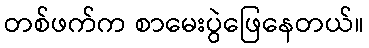
တစ်ဖက်က စာမေးပွဲဖြေနေတယ်။